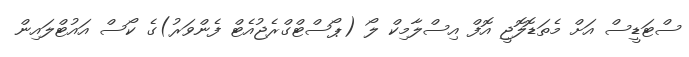
ސްޓަޑީސް އަށް މެތަޑޮލޮޖީ އޮފް އިސްލާމިކް ލޯ (ޕޯސްޓްގްރެޖުއެޓް ފެންވަރު)ގެ ކޯސް އައުޓްލައިން